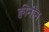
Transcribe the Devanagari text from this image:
क्वीनीन